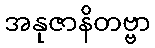
အနုဇာနိတဗ္ဗာ